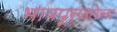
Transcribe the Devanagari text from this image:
भावपूर्णतेला